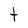
Character: t